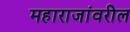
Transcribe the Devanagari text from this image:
महाराजांवरील